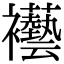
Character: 襼